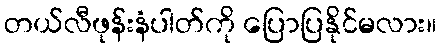
တယ်လီဖုန်းနံပါတ်ကို ပြောပြနိုင်မလား။